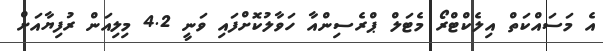
އެ މަސައްކަތް އިލެކްޓްރޯ މެޓަލް ޕްރެސިންއާ ހަވާލުކޮށްފައި ވަނީ 4.2 މިލިއަން ރުފިޔާއަށް